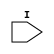
module ConnectA(I);
   input I;   
endmodule // ConnectA